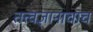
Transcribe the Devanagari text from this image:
तत्त्वज्ञानाचाच